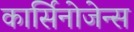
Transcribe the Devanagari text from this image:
कार्सिनोजेन्स